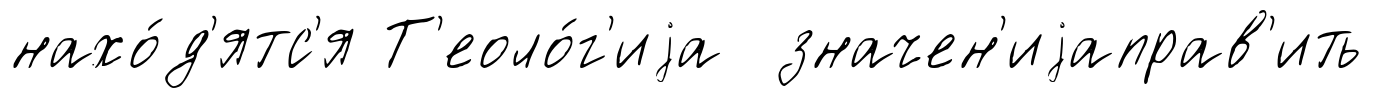
нахо́д'ятс'я Т'еоло́г'иjа значен'иjаправ'ить